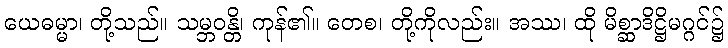
ယေဓမ္မာ၊ တို့သည်။ သမ္ဘဝန္တိ၊ ကုန်၏။ တေစ၊ တို့ကိုလည်း။ အဿ၊ ထို မိစ္ဆာဒိဋ္ဌိမဂ္ဂင်၌